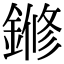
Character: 鎀